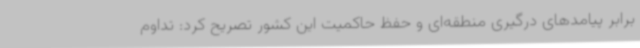
برابر پیامدهای درگیری منطقه‌ای و حفظ حاکمیت این کشور تصریح کرد: تداوم